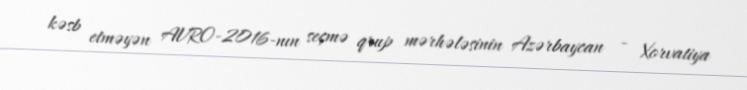
kəsb etməyən AVRO-2016-nın seçmə qrup mərhələsinin Azərbaycan - Xorvatiya